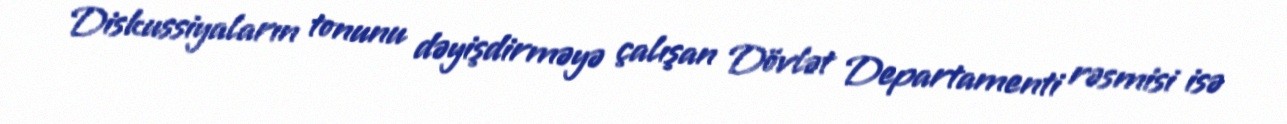
Diskussiyaların tonunu dəyişdirməyə çalışan Dövlət Departamenti rəsmisi isə